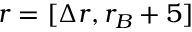
r = [ \Delta r , r _ { B } + 5 ]